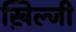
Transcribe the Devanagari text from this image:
ख़िल्जी